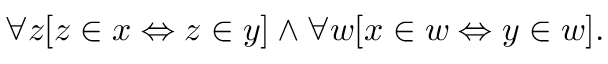
\forall z [ z \in x \Leftrightarrow z \in y ] \land \forall w [ x \in w \Leftrightarrow y \in w ] .